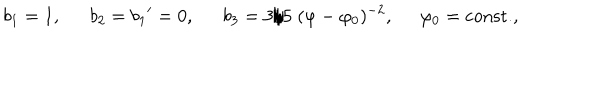
b _ { 1 } = 1 , \ \ b _ { 2 } = { b _ { 1 } } ^ { \prime } = 0 , \ \ b _ { 3 } = { 3 } / { 5 } \; ( \varphi - \varphi _ { 0 } ) ^ { - 2 } , \; \; \varphi _ { 0 } = \mathrm { c o n s t . } ,